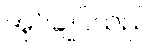
အုပ်ချုပ်သည်။